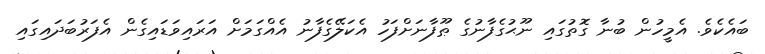
ބައެކެވެ. އެމީހުން ބުނާ ގޮތުގައި ނޫޙުގެފާނުގެ ޠޫފާނަށްފަހު އެކަލޭގެފާނު އެއްގަމަށް އަރައިވަޑައިގެން އެފަރުބަދައިގައި